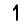
Digit: 1